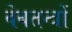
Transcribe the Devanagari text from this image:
वेबतन्त्रों